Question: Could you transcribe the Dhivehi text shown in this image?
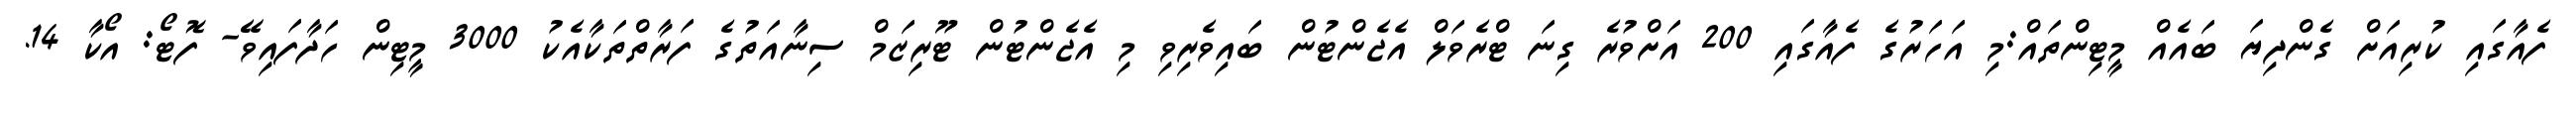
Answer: ފެއާގައި ކުރިއަށް ގެންދިޔަ ބައެއް މީޓިންތައް:މި އަހަރުގެ ފެއާގައި 200 އަށްވުރެ ގިނަ ޓްރެވަލް އެޖެންޓުން ބައިވެރިވި މި އެޖެންޓުން ޓޫރިޒަމް ސިނާއަތުގެ ފަރާތްތަކާއެކު 3000 މީޓިން ހަދާފައިވޭ- ފޮޓޯ: އޯކާ 14.